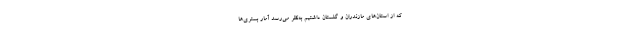
که از استان‌های مازندران و گلستان داشتیم به‌نظر می‌رسد آمار بستری‌ها